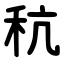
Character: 秔